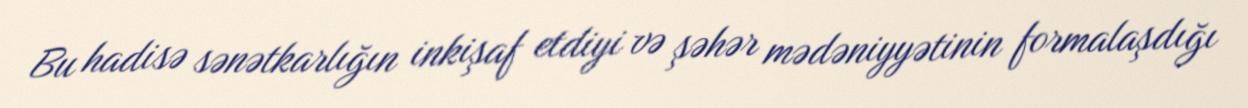
Bu hadisə sənətkarlığın inkişaf etdiyi və şəhər mədəniyyətinin formalaşdığı